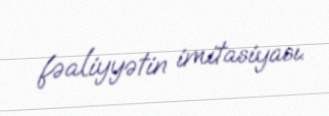
fəaliyyətin imitasiyası.